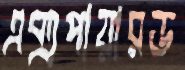
এক্সপায়ারড